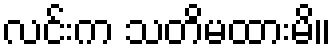
လင်းက သတိမထားမိ။